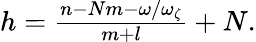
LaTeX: \begin{array}{r}{h=\frac{n-Nm-\omega/\omega_{\zeta}}{m+l}+N.}\end{array}